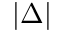
| \Delta |